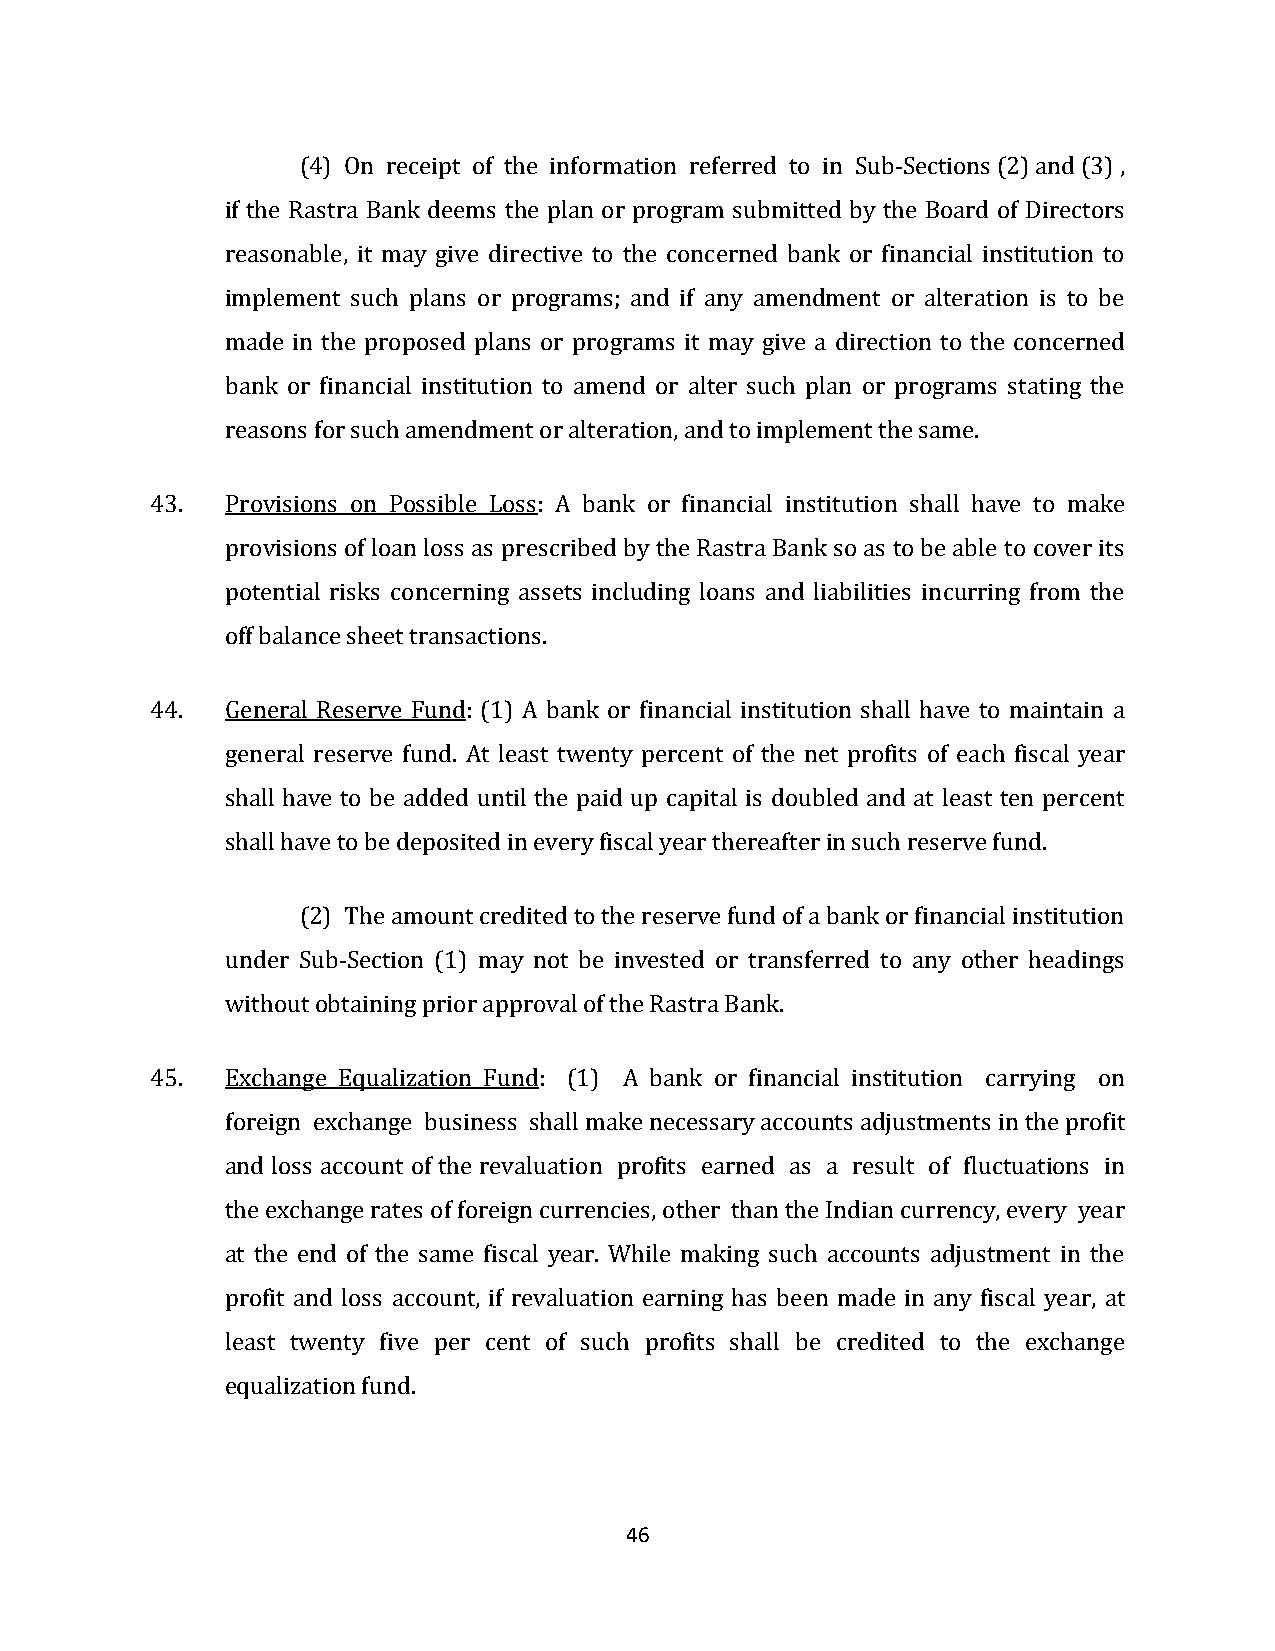
(4) On receipt of the information referred to in Sub-Sections (2) and (3) ,
 if the Rastra Bank deems the plan or program submitted by the Board of Directors
 reasonable, it may give directive to the concerned bank or financial institution to
 implement such plans or programs; and if any amendment or alteration is to be
 made in the proposed plans or programs it may give a direction to the concerned
 bank or financial institution to amend or alter such plan or programs stating the
 reasons for such amendment or alteration, and to implement the same.
 43.  Provisions on Possible Loss: A bank or financial institution shall have to make
 provisions of loan loss as prescribed by the Rastra Bank so as to be able to cover its
 potential risks concerning assets including loans and liabilities incurring from the
 off balance sheet transactions.
 44.  General Reserve Fund: (1) A bank or financial institution shall have to maintain a
 general reserve fund. At least twenty percent of the net profits of each fiscal year
 shall have to be added until the paid up capital is doubled and at least ten percent
 shall have to be deposited in every fiscal year thereafter in such reserve fund.
 (2) The amount credited to the reserve fund of a bank or financial institution
 under Sub-Section (1) may not be invested or transferred to any other headings
 without obtaining prior approval of the Rastra Bank.
 45.  Exchange Equalization Fund: (1) A bank or financial institution carrying on
 foreign exchange business shall make necessary accounts adjustments in the profit
 and loss account of the revaluation profits earned as a result of fluctuations in
 the exchange rates of foreign currencies, other than the Indian currency, every year
 at the end of the same fiscal year. While making such accounts adjustment in the
 profit and loss account, if revaluation earning has been made in any fiscal year, at
 least twenty five per cent of such profits shall be credited to the exchange
 equalization fund.
 46